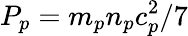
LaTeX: P_{p}=m_{p}n_{p}c_{p}^{2}/7